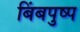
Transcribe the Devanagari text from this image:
बिंबपुष्प